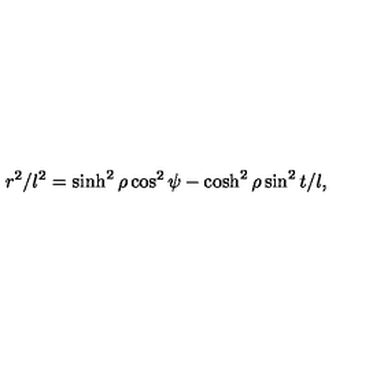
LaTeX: r ^ { 2 } / l ^ { 2 } = \sinh ^ { 2 } \rho \cos ^ { 2 } \psi - \cosh ^ { 2 } \rho \sin ^ { 2 } t / l ,